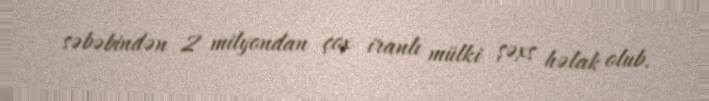
səbəbindən 2 milyondan çox iranlı mülki şəxs həlak olub.